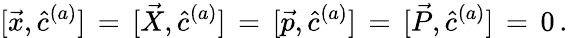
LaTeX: [\vec{x},\hat{c}^{(a)}]\, =\, [\vec{X},\hat{c}^{(a)}]\, =\, [\vec{p},\hat{c}^{(a)}]\, =\, [\vec{P},\hat{c}^{(a)}]\, =\, 0\, .